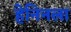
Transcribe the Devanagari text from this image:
हेनिनला